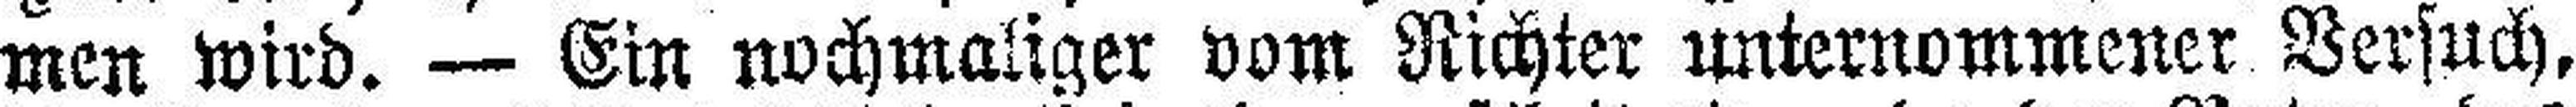
men wird. — Ein nochmaliger vom Richter unternommener Versuch,